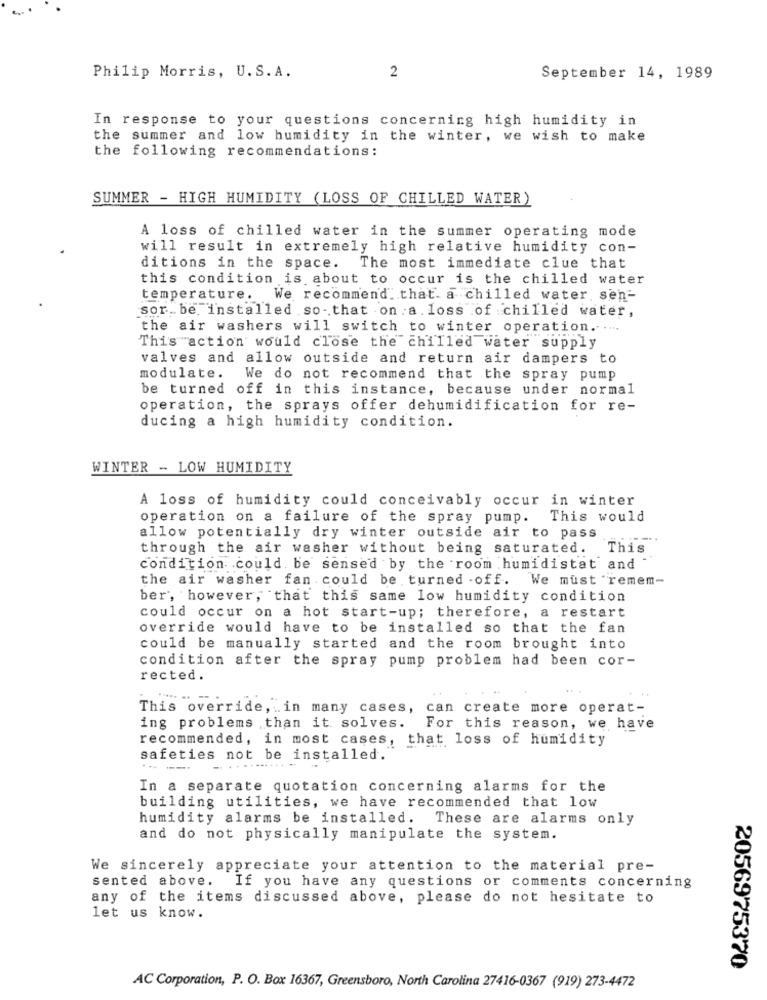
Philip Morris, U.S. A.
2
September 14, 1989
In response to your questions concerning high humidity in
the summer and low humidity in the winter, we wish to make
the following recommendations:
SUMMER - HIGH HUMIDITY (LOSS OF CHILLED WATER)
A loss of chilled water in the summer operating mode
will result in extremely high relative humidity con-
ditions in the space.
The most immediate clue that
this condition is about to occur is the chilled water
temperature. We recommend that. a chilled water sen-
sor.be installed so - that on a. loss of chilled water,
the air washers will switch to winter operation ...
This action would close the chilled water supply
valves and allow outside and return air dampers to
modulate.
We do not recommend that the spray pump
be turned off in this instance, because under normal
operation, the sprays offer dehumidification for re-
ducing a high humidity condition.
WINTER - LOW HUMIDITY
A loss of humidity could conceivably occur in winter
operation on a failure of the spray pump.
This would
allow potentially dry winter outside air to pass
through the air washer without being saturated. This
condition could be sensed by the room humidistat and
the air washer fan could be turned off. We must remem-
ber, however, that this same low humidity condition
could occur on a hot start-up; therefore, a restart
override would have to be installed so that the fan
could be manually started and the room brought into
condition after the spray pump problem had been cor-
rected.
This override, in many cases, can create more operat-
ing problems than it solves.
For this reason, we have
recommended, in most cases, that loss of humidity
safeties not be installed.
-- ---
-
.. ........ -
In a separate quotation concerning alarms for the
building utilities, we have recommended that low
humidity alarms be installed. These are alarms only
and do not physically manipulate the system.
We sincerely appreciate your attention to the material pre-
sented above.
If you have any questions or comments concerning
any of the items discussed above, please do not hesitate to
let us know.
2056975370
AC Corporation, P. O. Box 16367, Greensboro, North Carolina 27416-0367 (919) 273-4472